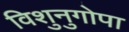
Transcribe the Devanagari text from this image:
विशुनुगोपा